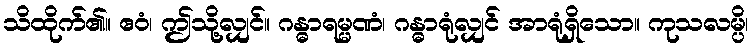
သိထိုက်၏။ ဧဝံ၊ ဤသို့လျှင်။ ဂန္ဓာရမ္မဏံ၊ ဂန္ဓာရုံလျှင် အာရုံရှိသော။ ကုသလမ္ပိ၊